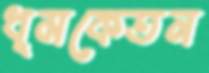
ধূমকেতন